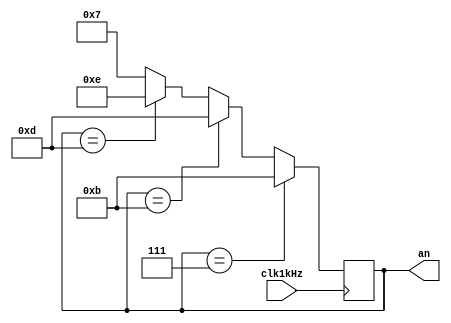
`timescale 1ns / 1ps
//////////////////////////////////////////////////////////////////////////////////
// Company: 
// Engineer: 
// 
// Design Name: 
// Module Name: RingCounter
// Project Name: 
// Target Devices: 
// Tool Versions: 
// Description: 
// 
// Dependencies: 
// 
// Revision:
// Revision 0.01 - File Created
// Additional Comments:
// 
//////////////////////////////////////////////////////////////////////////////////


module RingCounter(an, clk1kHz);
output reg [3:0] an = 4'b0111;
input clk1kHz;
always@(posedge clk1kHz) begin
begin if (an==4'b0111) an<=4'b1011;
else if (an==4'b1011) an<=4'b1101;
else if (an==4'b1101) an<=4'b1110;
else if (an==4'b1110) an<=4'b0111;
else an<=4'b0111;
end
end
endmodule